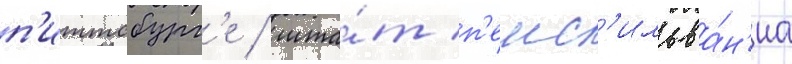
п'иттсбург'е / шта́т п'енс'ильва́н'иа